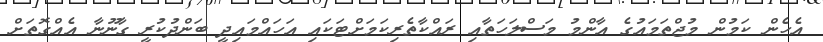
އެހެން ކަމުން މުޖްތަމައުގެ އާންމު މަސްލަހަތާއި ރައްކާތެރިކަމަށްޓަކައި އަހައްމައިދީ ބަންދުކުރީ ގާނޫނާ އެއްގޮތަށް